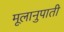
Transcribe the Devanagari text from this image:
मूलानुपाती